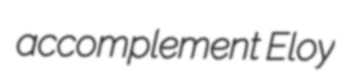
accomplement Eloy